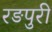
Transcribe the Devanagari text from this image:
रङपुरी